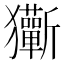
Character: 玂